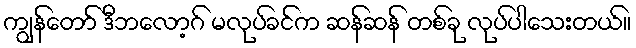
ကျွန်တော် ဒီဘလော့ဂ် မလုပ်ခင်က ဆန်ဆန် တစ်ခု လုပ်ပါသေးတယ်။